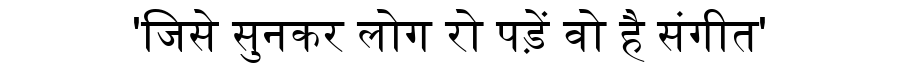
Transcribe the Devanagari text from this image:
'जिसे सुनकर लोग रो पड़ें वो है संगीत'